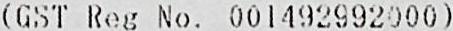
(GST REG NO. 001492992000)